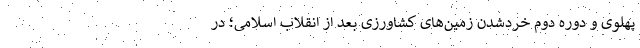
پهلوی و دوره دوم خردشدن زمین‌های کشاورزی بعد از انقلاب اسلامی؛ در